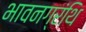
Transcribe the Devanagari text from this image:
भावनग्रंथि